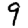
Digit: 9